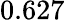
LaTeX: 0.627